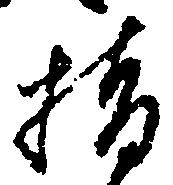
指